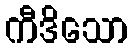
ကီဒိသော